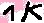
Text: 1K